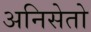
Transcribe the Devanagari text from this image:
अनिसेतो